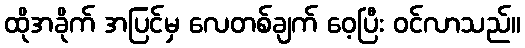
ထိုအခိုက် အပြင်မှ လေတစ်ချက် ဝေ့ပြီး ဝင်လာသည်။